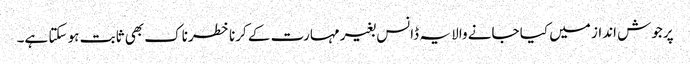
پرجوش انداز میں کیا جانے والا یہ ڈانس بغیر مہارت کے کرنا خطرناک بھی ثابت ہو سکتا ہے۔